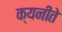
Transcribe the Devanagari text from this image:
क्यनीते